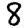
Digit: 8